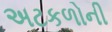
અટકળોની